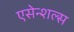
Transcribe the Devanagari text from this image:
एसेन्शल्स